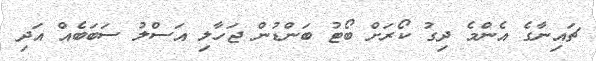
ޗައިނާގެ އެންމެ ދިގު ކޯރަށް ބޯޓު ބަންޑުން ޖަހާލި އަސްލު ސަބަބެއް އަދި